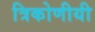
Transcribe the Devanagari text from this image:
त्रिकोणीयी